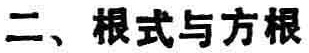
二、根式与方根